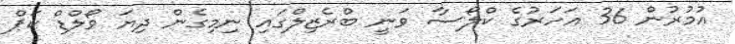
އުމުރުން 36 އަހަރުގެ ކްލޯސާ ވަނީ ބްރެޒިލްގައި ނިމިގެން ދިޔަ ވޯލްޑް ކަޕް